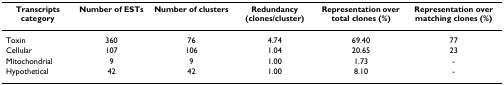
<table><thead><tr><td><b>Transcripts category</b></td><td><b>Number of ESTs</b></td><td><b>Number of clusters</b></td><td><b>Redundancy (clones/cluster)</b></td><td><b>Representation over total clones (%)</b></td><td><b>Representation over matching clones (%)</b></td></tr></thead><tbody><tr><td>Toxin</td><td>360</td><td>76</td><td>4.74</td><td>69.40</td><td>77</td></tr><tr><td>Cellular</td><td>107</td><td>106</td><td>1.04</td><td>20.65</td><td>23</td></tr><tr><td>Mitochondrial</td><td>9</td><td>9</td><td>1.00</td><td>1.73</td><td>-</td></tr><tr><td>Hypothetical</td><td>42</td><td>42</td><td>1.00</td><td>8.10</td><td>-</td></tr></tbody></table>